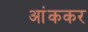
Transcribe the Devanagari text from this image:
आंककर